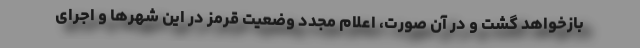
بازخواهد گشت و در آن صورت، اعلام مجدد وضعیت قرمز در این شهر‌ها و اجرای